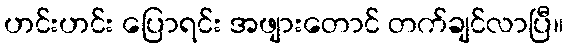
ဟင်းဟင်း ပြောရင်း အဖျားတောင် တက်ချင်လာပြီ။